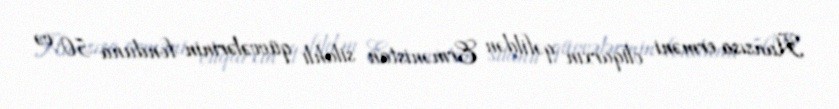
Hansısa erməni oliqarxın qəfildən Ermənistan silahlı qüvvələrinin fonduna 50 və